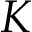
K